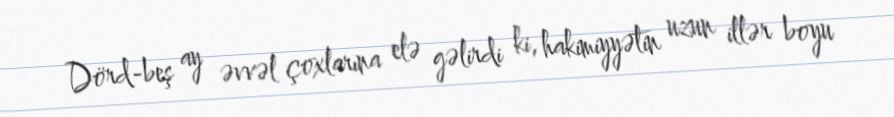
Dörd-beş ay əvvəl çoxlarına elə gəlirdi ki, hakimiyyətin uzun illər boyu